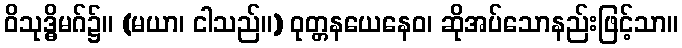
ဝိသုဒ္ဓိမဂ်၌။ (မယာ၊ ငါသည်။) ဝုတ္တနယေနေဝ၊ ဆိုအပ်သောနည်းဖြင့်သာ။